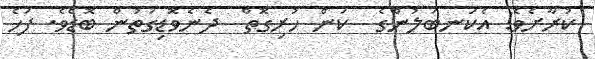
ކުރާށެވެ! އެކަނބަލުންގެ  ކަން ހުރިގޮތް  ދެނެވޮޑިގަތުން ބޮޑެވެ. ފަހެ